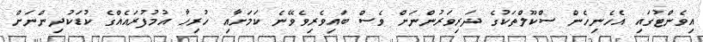
އިވެންޓުގައި އެހެނިހެން ސްކޫލްތަކުގެ ދަރިވަރުންނަށް ވެސް ބައިވެރިވެވޭނެ ކަމަށާއި ހުރިހާ އުމުފުރައެއްގެ ކުޑަކުދިންނަށް